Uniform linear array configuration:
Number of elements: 64
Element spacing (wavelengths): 0.5
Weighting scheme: hamming
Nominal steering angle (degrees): -15
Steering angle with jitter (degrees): -13.866
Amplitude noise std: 0.05
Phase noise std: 0.05

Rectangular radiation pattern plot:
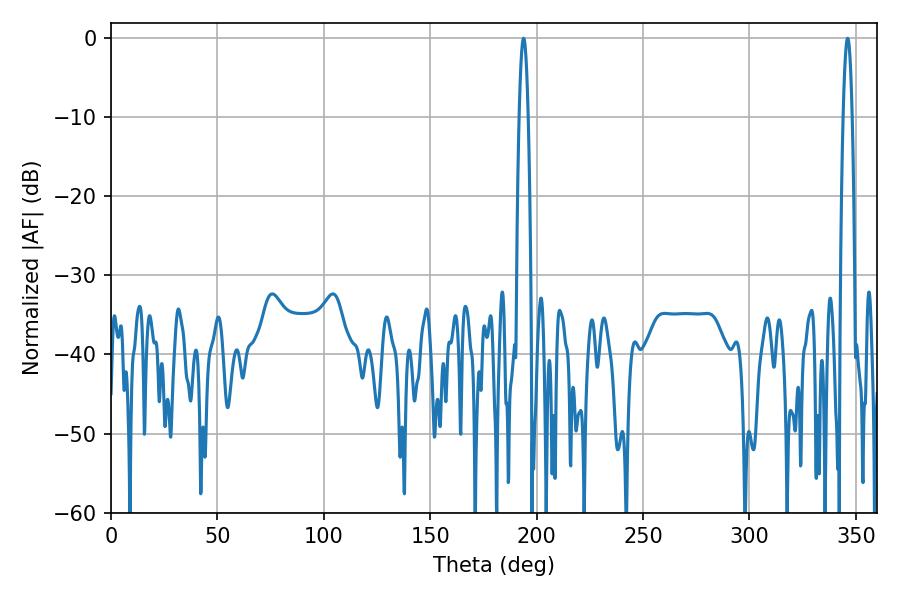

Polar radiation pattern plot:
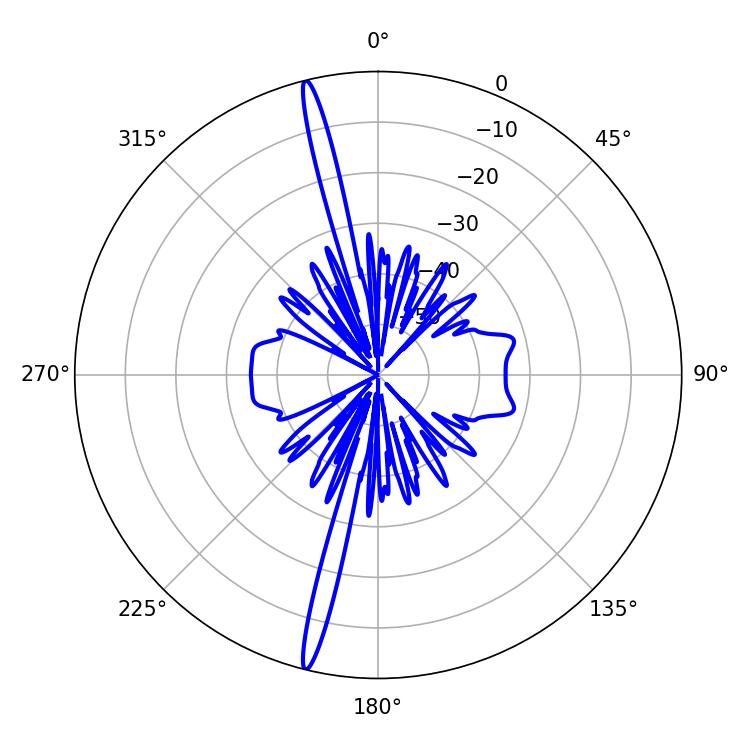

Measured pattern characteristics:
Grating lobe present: FALSE
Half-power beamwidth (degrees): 2.16
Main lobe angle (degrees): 193.86